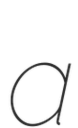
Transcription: a